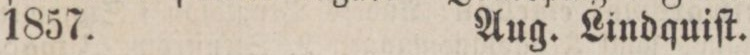
1857.    Aug. Lindquiſt.